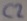
Text: C2